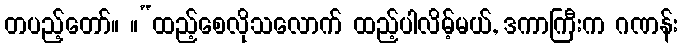
တပည့်တော်။ ။“ထည့်စေလိုသလောက် ထည့်ပါလိမ့်မယ်, ဒကာကြီးက ဂဏန်း